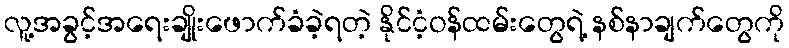
လူ့အခွင့်အရေးချိုးဖောက်ခံခဲ့ရတဲ့ နိုင်ငံ့ဝန်ထမ်းတွေရဲ့ နစ်နာချက်တွေကို